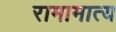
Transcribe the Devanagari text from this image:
रामामात्य